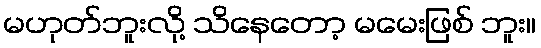
မဟုတ်ဘူးလို့ သိနေတော့ မမေးဖြစ် ဘူး။